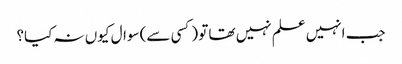
جب انہیں علم نہیں تھا تو (کسی سے) سوال کیوں نہ کیا؟